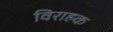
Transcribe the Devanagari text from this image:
विराहक